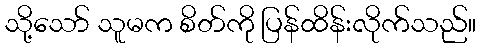
သို့သော် သူမက စိတ်ကို ပြန်ထိန်းလိုက်သည်။